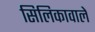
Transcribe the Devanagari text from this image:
सिलिकावाले